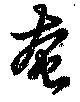
奄